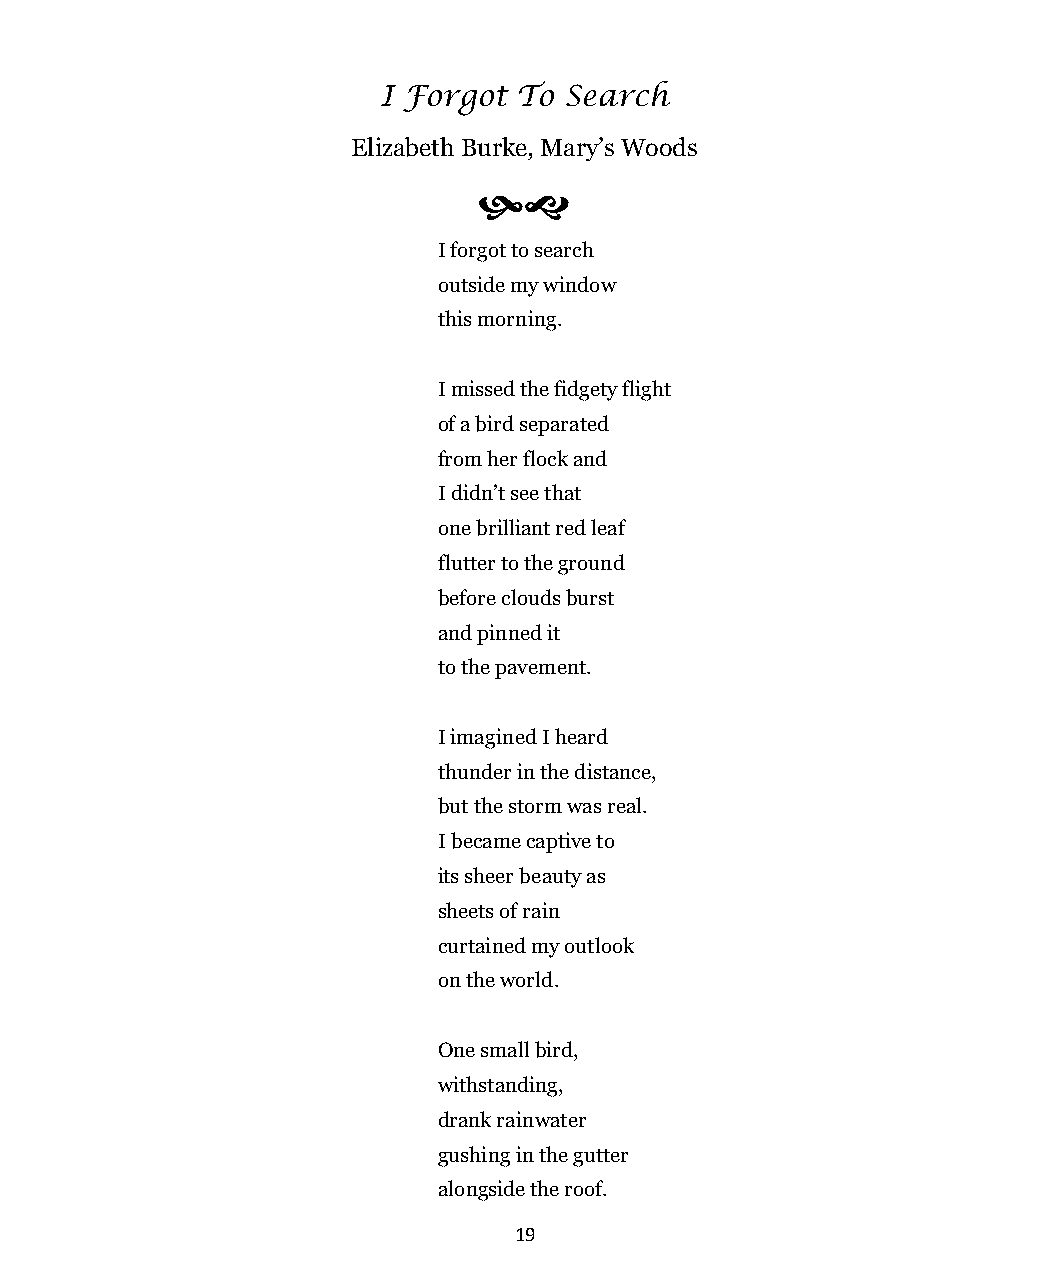
I Forgot To Search
 Elizabeth Burke, Mary’s Woods
 
 I forgot to search
 outside my window
 this morning.
 I missed the fidgety flight
 of a bird separated
 from her flock and
 I didn’t see that
 one brilliant red leaf
 flutter to the ground
 before clouds burst
 and pinned it
 to the pavement.
 I imagined I heard
 thunder in the distance,
 but the storm was real.
 I became captive to
 its sheer beauty as
 sheets of rain
 curtained my outlook
 on the world.
 One small bird,
 withstanding,
 drank rainwater
 gushing in the gutter
 alongside the roof.
 19